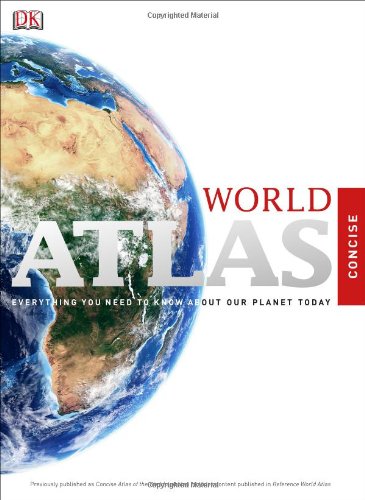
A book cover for Concise World Atlas (Sixth Edition); DK; Reference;